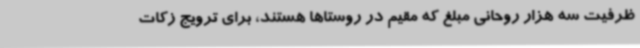
ظرفیت سه هزار روحانی مبلغ که مقیم در روستاها هستند، برای ترویج زکات